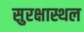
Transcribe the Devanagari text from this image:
सुरक्षास्थल